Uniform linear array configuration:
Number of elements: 12
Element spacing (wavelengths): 0.25
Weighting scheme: hamming
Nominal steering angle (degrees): -60
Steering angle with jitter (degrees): -61.182
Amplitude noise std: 0.05
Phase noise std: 0.05

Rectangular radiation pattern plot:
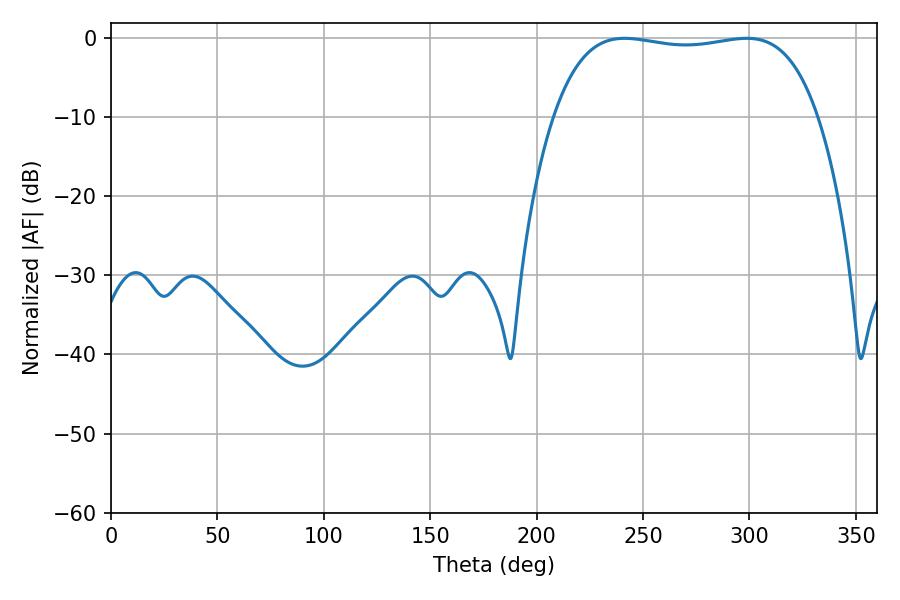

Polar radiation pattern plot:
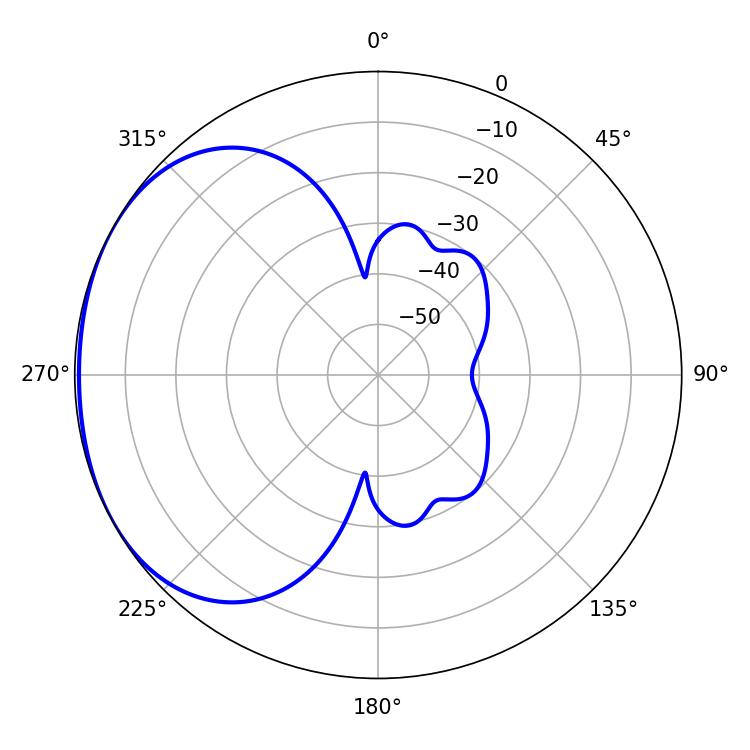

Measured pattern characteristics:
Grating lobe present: FALSE
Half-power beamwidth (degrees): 99.36
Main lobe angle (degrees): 241.38